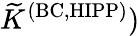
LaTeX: {\widetilde K}^{\mathrm{(BC,HIPP)}})